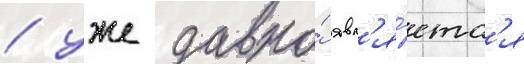
/ уже давно́ явл'я́етс'я